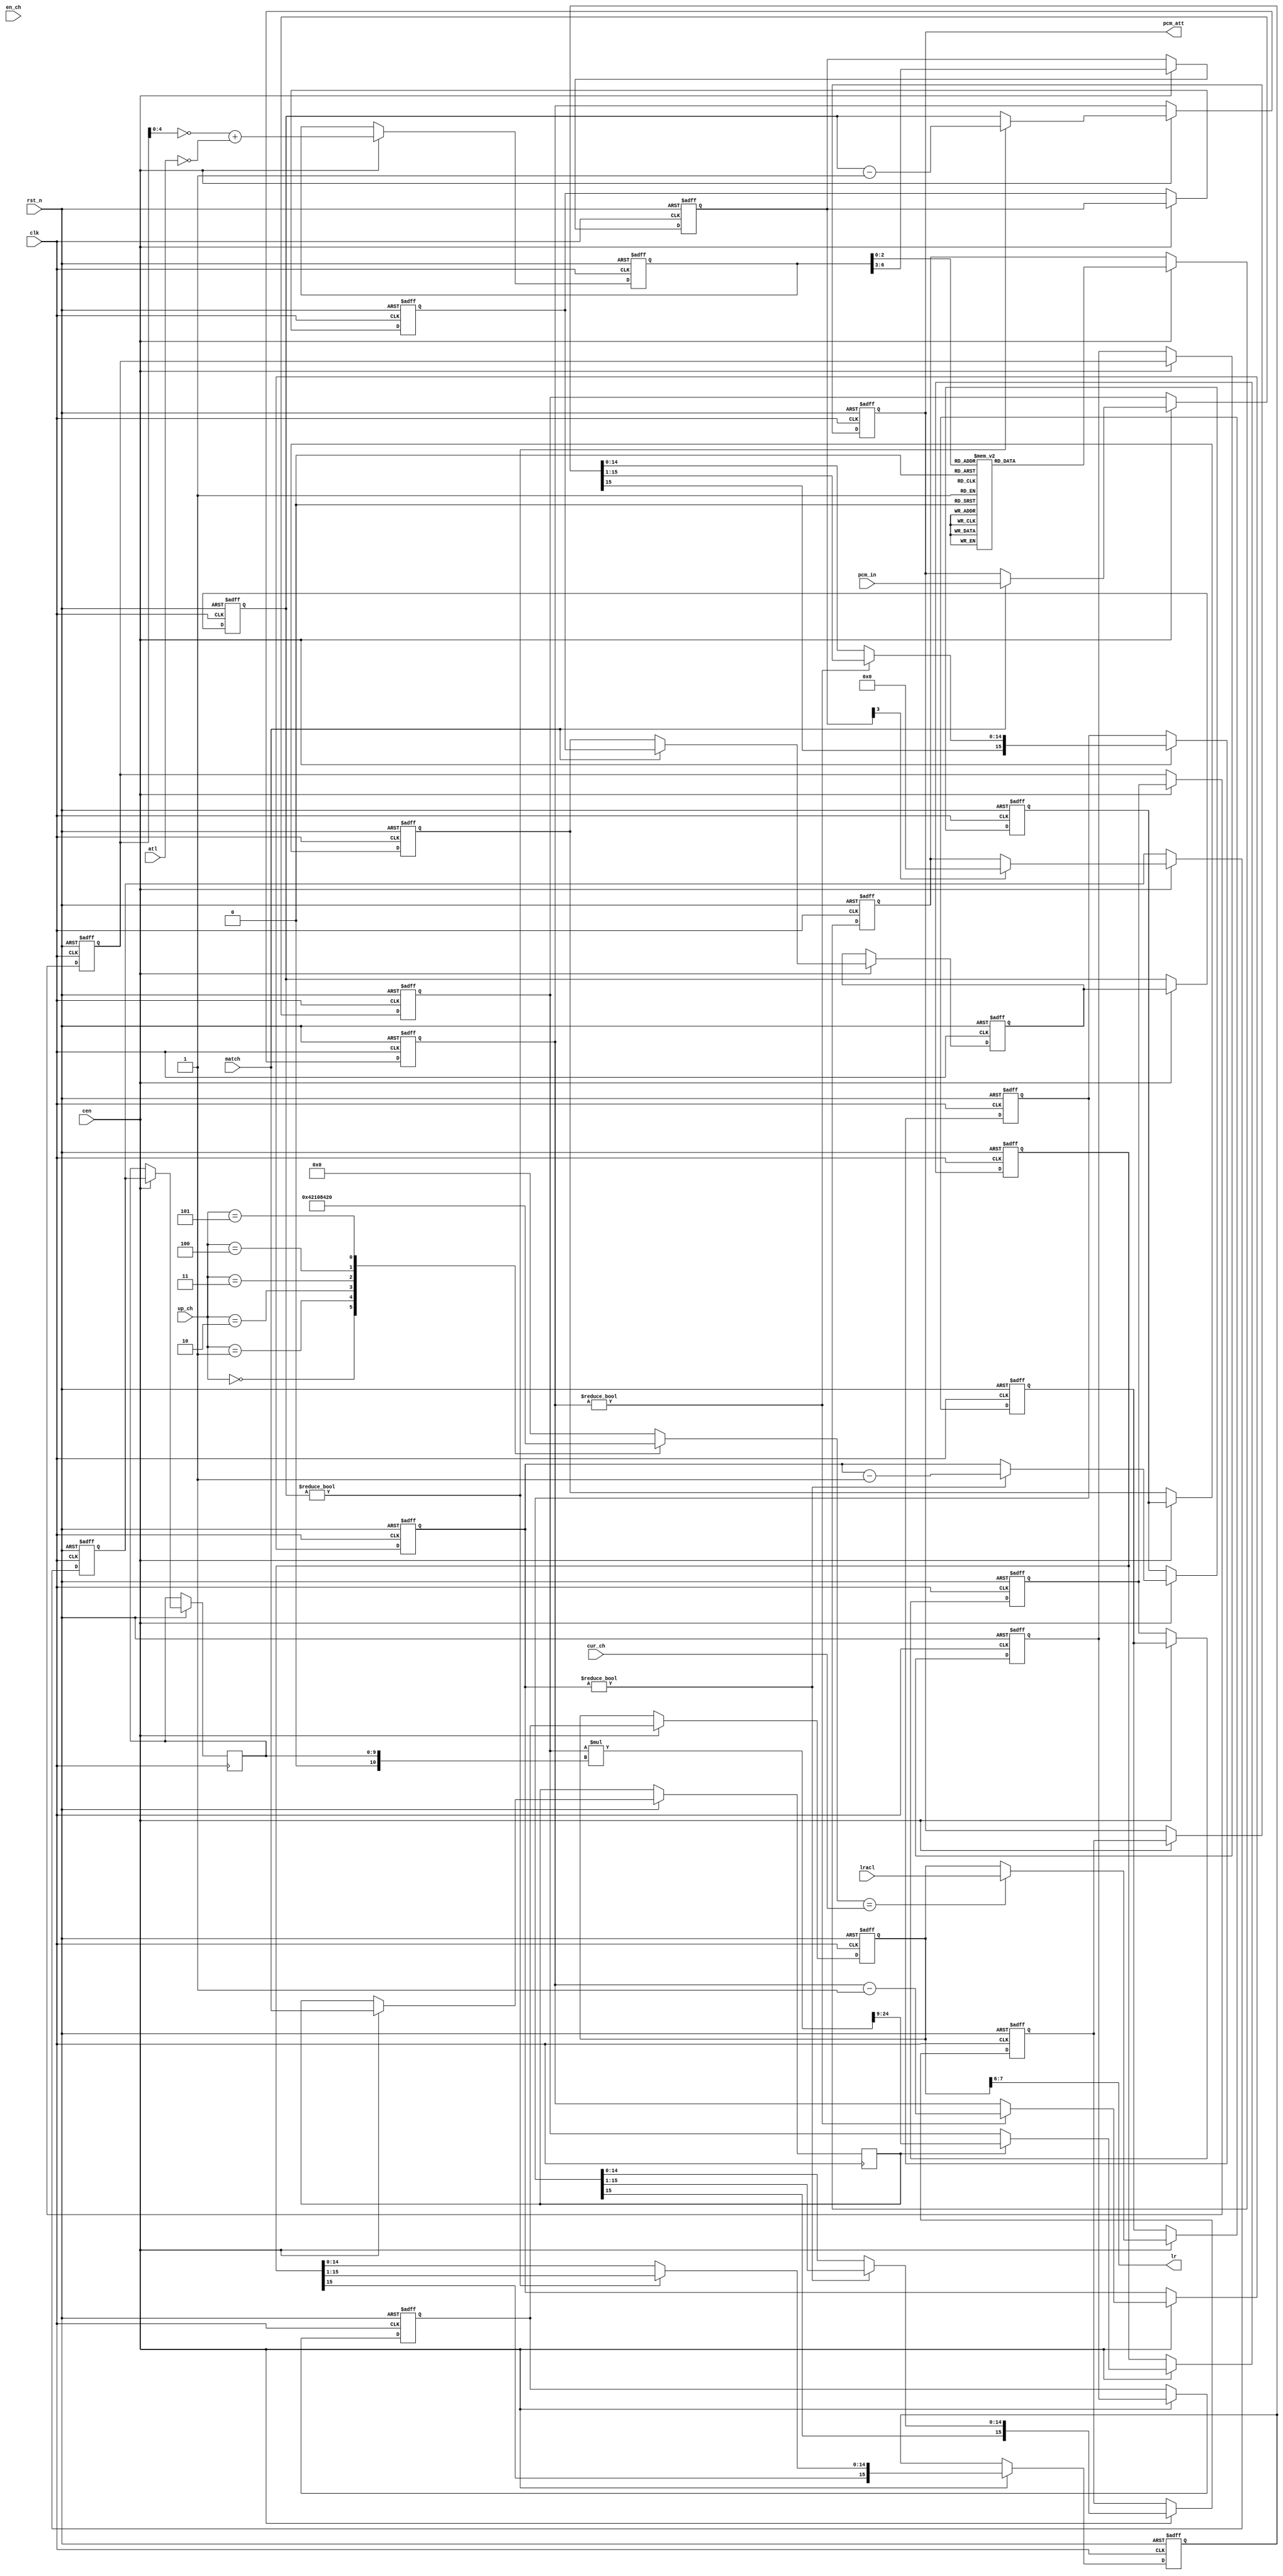
/* This file is part of JT12.


    JT12 program is free software: you can redistribute it and/or modify
    it under the terms of the GNU General Public License as published by
    the Free Software Foundation, either version 3 of the License, or
    (at your option) any later version.

    JT12 program is distributed in the hope that it will be useful,
    but WITHOUT ANY WARRANTY; without even the implied warranty of
    MERCHANTABILITY or FITNESS FOR A PARTICULAR PURPOSE.  See the
    GNU General Public License for more details.

    You should have received a copy of the GNU General Public License
    along with JT12.  If not, see <http://www.gnu.org/licenses/>.

    Author: Jose Tejada Gomez. Twitter: @topapate
    Version: 1.0
    Date: 21-03-2019
*/

module jt10_adpcm_gain(
    input           rst_n,
    input           clk,        // CPU clock
    input           cen,        // 666 kHz
    // pipeline channel
    input   [5:0]   cur_ch,
    input   [5:0]   en_ch,
    input           match,

    input   [5:0]   atl,        // ADPCM Total Level
    // Gain update
    input   [7:0]   lracl,
    input   [2:0]   up_ch,
    // Data
    output  [1:0]   lr,
    input      signed [15:0] pcm_in,
    output     signed [15:0] pcm_att
);

reg [9:0] lin_5b, lin1, lin2, lin6;
reg [7:0] lracl1, lracl2, lracl3, lracl4, lracl5, lracl6;
reg [6:0] db5;
reg [5:0] up_ch_dec;
reg [3:0] sh1, sh6;

always @(*)
    case(up_ch)
        3'd0: up_ch_dec = 6'b000_001;
        3'd1: up_ch_dec = 6'b000_010;
        3'd2: up_ch_dec = 6'b000_100;
        3'd3: up_ch_dec = 6'b001_000;
        3'd4: up_ch_dec = 6'b010_000;
        3'd5: up_ch_dec = 6'b100_000;
        default: up_ch_dec = 6'd0;
    endcase

//wire [5:0] en_ch2 = { en_ch[4:0], en_ch[5] }; // shift the bits to fit in the pipeline slot correctly

always @(*)
    case( db5[2:0] )
        3'd0: lin_5b = 10'd512;
        3'd1: lin_5b = 10'd470;
        3'd2: lin_5b = 10'd431;
        3'd3: lin_5b = 10'd395;
        3'd4: lin_5b = 10'd362;
        3'd5: lin_5b = 10'd332;
        3'd6: lin_5b = 10'd305;
        3'd7: lin_5b = 10'd280;
    endcase


// dB to linear conversion
assign lr = lracl1[7:6];

always @(posedge clk or negedge rst_n)
    if( !rst_n ) begin
        lracl1  <= 8'd0; lracl2 <= 8'd0;
        lracl3  <= 8'd0; lracl4 <= 8'd0;
        lracl5  <= 8'd0; lracl6 <= 8'd0;
        db5     <= 'd0;
        sh1     <= 4'd0; sh6    <= 4'd0;
        lin1    <= 10'd0;
        lin6    <= 10'd0;
    end else if(cen) begin

        // I
        lracl2  <= up_ch_dec == cur_ch ? lracl : lracl1;
        // II
        lracl3  <= lracl2;
        // III
        lracl4  <= lracl3;
        // IV: new data is accepted here
        lracl5  <= lracl4;
        db5     <= { 2'b0, ~lracl4[4:0] } + {1'b0, ~atl};
        // V
        lracl6  <= lracl5;
        lin6    <= lin_5b;
        sh6     <= db5[6:3];
        // VI close the loop
        lracl1  <= lracl6;
        lin1    <= sh6[3] ? 10'h0 : lin6;
        sh1     <= sh6;
    end

// Apply gain
// The pipeline has 6 stages, there is new input data once every 6*6=36 clock cycles
// New data is read once and it takes 4*6 cycles to get through because the shift
// operation is distributed among several iterations. This prevents the need of
// a 10x16-input mux which is very large. Instead of that, this uses two 10x2-input mux'es
// which iterated allow the max 16 shift operation

reg [3:0] shcnt1, shcnt2, shcnt3, shcnt4, shcnt5, shcnt6;

reg shcnt_mod3, shcnt_mod4, shcnt_mod5;
reg [31:0] pcm2_mul;
wire signed [15:0] lin2s = {6'b0,lin2};
reg signed [15:0] pcm1, pcm2, pcm3, pcm4, pcm5, pcm6;
reg match2;

always @(*) begin
    shcnt_mod3 = shcnt3 != 0;
    shcnt_mod4 = shcnt4 != 0;
    shcnt_mod5 = shcnt5 != 0;
    pcm2_mul   = pcm2 * lin2s;
end

assign pcm_att = pcm1;

always @(posedge clk or negedge rst_n)
    if( !rst_n ) begin
        pcm1   <= 'd0; pcm2   <= 'd0;
        pcm3   <= 'd0; pcm4   <= 'd0;
        pcm5   <= 'd0; pcm6   <= 'd0;
        shcnt1 <= 'd0; shcnt2 <= 'd0;
        shcnt3 <= 'd0; shcnt4 <= 'd0;
        shcnt5 <= 'd0; shcnt6 <= 'd0;
    end else if(cen) begin
        // I
        pcm2    <= match ? pcm_in : pcm1;
        lin2    <= lin1;
        shcnt2  <= match ? sh1 : shcnt1;
        match2  <= match;
        // II
        pcm3    <= match2 ? pcm2_mul[24:9] : pcm2;
        shcnt3  <= shcnt2;
        // III, shift by 0 or 1
        if( shcnt_mod3 ) begin
            pcm4   <= pcm3>>>1;
            shcnt4 <= shcnt3-1'd1;
        end else begin
            pcm4   <= pcm3;
            shcnt4 <= shcnt3;
        end
        // IV, shift by 0 or 1
        if( shcnt_mod4 ) begin
            pcm5   <= pcm4>>>1;
            shcnt5 <= shcnt4-1'd1;
        end else begin
            pcm5   <= pcm4;
            shcnt5 <= shcnt4;
        end       
        // V, shift by 0 or 1
        if( shcnt_mod5 ) begin
            pcm6   <= pcm5>>>1;
            shcnt6 <= shcnt5-1'd1;
        end else begin
            pcm6   <= pcm5;
            shcnt6 <= shcnt5;
        end       
        // VI close the loop and output
        pcm1    <= pcm6;
        shcnt1  <= shcnt6;
    end

endmodule // jt10_adpcm_gain